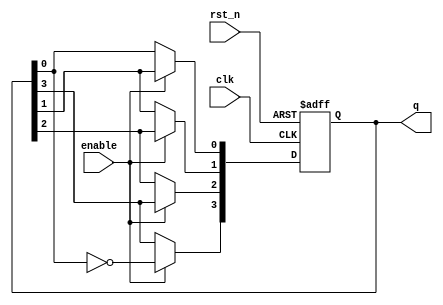
module johnson_counter (
    input wire clk,          // Clock input
    input wire rst_n,        // Asynchronous active-low reset
    input wire enable,       // Enable signal
    output reg [3:0] q       // 4-bit output representing the current state
);

// Johnson counter logic
always @(posedge clk or negedge rst_n) begin
    if (!rst_n) begin
        q <= 4'b0000;        // Reset the counter to 0
    end else if (enable) begin
        // Johnson counter state transition
        q[3] <= ~q[0];       // Invert the last bit and feed it back
        q[2] <= q[3];        // Shift the bits
        q[1] <= q[2];
        q[0] <= q[1];
    end
end

endmodule